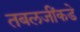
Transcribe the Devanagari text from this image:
तबलजींकडे